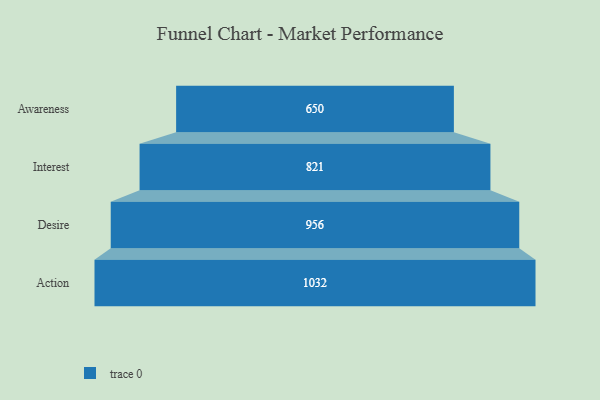
{"axis": {"x": "Stage", "y": "Value"}, "legend": [""], "data": [{"x": "Awareness", "y": 650.0, "type": ""}, {"x": "Interest", "y": 821.0, "type": ""}, {"x": "Desire", "y": 956.0, "type": ""}, {"x": "Action", "y": 1032.0, "type": ""}]}